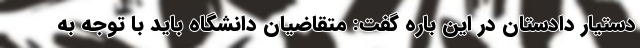
دستیار دادستان در این باره گفت: متقاضیان دانشگاه باید با توجه به